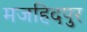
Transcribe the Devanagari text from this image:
मजहिदपुर